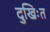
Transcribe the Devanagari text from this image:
दुखिःत